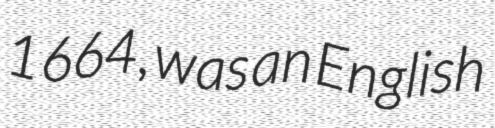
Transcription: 1664, was an English